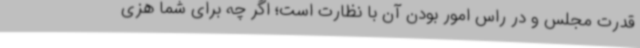
قدرت مجلس و در راس امور بودن آن با نظارت است؛ اگر چه برای شما هزی